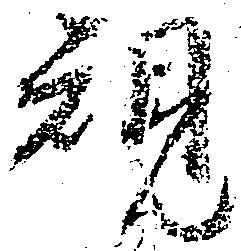
規